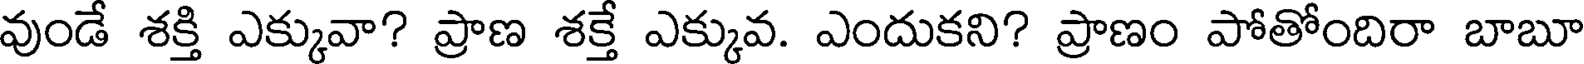
వుండే శక్తి ఎక్కువా? ప్రాణ శక్తే ఎక్కువ. ఎందుకని? ప్రాణం పోతోందిరా బాబూ